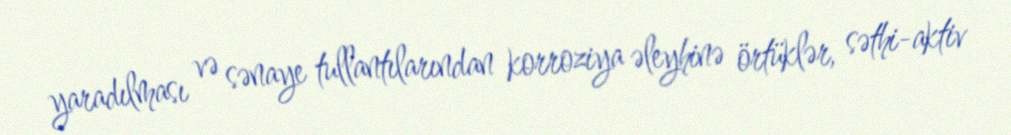
yaradılması və sənaye tullantılarından korroziya əleyhinə örtüklər, səthi-aktiv